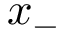
x _ { - }